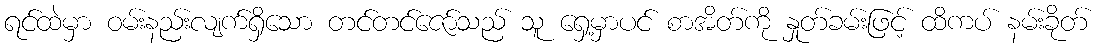
ရင်ထဲမှာ ဝမ်းနည်းလျက်ရှိသော တင်တင်ဇော်သည် သူ ရှေ့မှာပင် စာအိတ်ကို နှုတ်ခမ်းဖြင့် ထိကပ် နမ်းခိုတ်